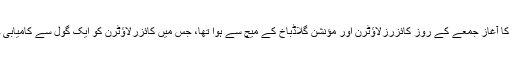
27 ویں میچ ڈے کا آغاز جمعے کے روز کائزرزلاؤٹرن اور مؤنشن گلاڈباخ کے میچ سے ہوا تھا، جس میں کائزرلاؤٹرن کو ایک گول سے کامیابی حاصل ہوئی تھی۔